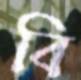
বি